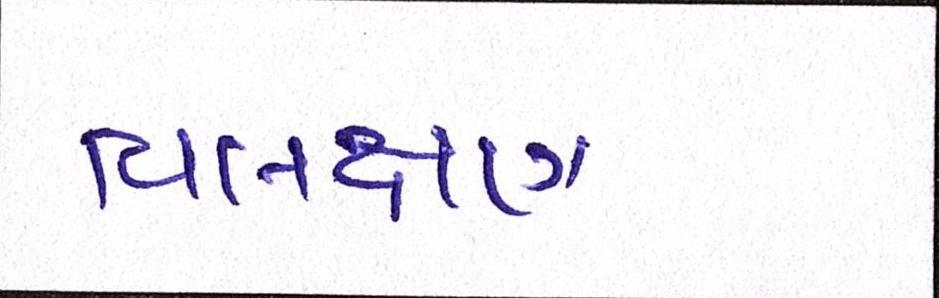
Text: વિલક્ષણ